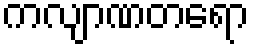
ကလျာဏတရော